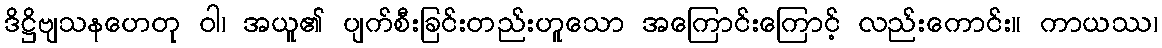
ဒိဋ္ဌိဗျသနဟေတု ဝါ၊ အယူ၏ ပျက်စီးခြင်းတည်းဟူသော အကြောင်းကြောင့် လည်းကောင်း။ ကာယဿ၊